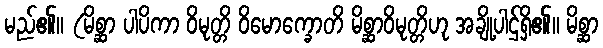
မည်၏။ (မိစ္ဆာ ပါပိကာ ဝိမုတ္တိ ဝိမောက္ခောတိ မိစ္ဆာဝိမုတ္တိဟု အချို့ပါဌ်ရှိ၏။ မိစ္ဆာ